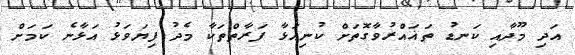
އަދި މޫދާއި ކަނޑު ތަޣައްރުވާގޮތަށް ކުނިއަޅާ ފަރާތްތަކާ މެދު ފިޔަވަޅު އަޅާނެ ކަމަށް